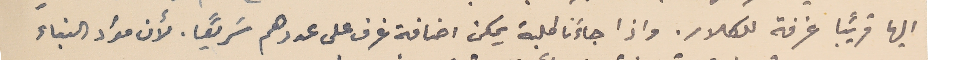
اليها قريبًا غرفة للكلار. واذا جاءَنا طلبة يمكن اضافة غرف على عددهم سَريعًا. لأن مؤاد البناء